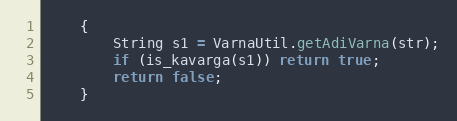
Language: Java
    {
        String s1 = VarnaUtil.getAdiVarna(str);
        if (is_kavarga(s1)) return true;
        return false;
    }